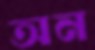
অন